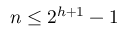
n \leq 2 ^ { h + 1 } - 1